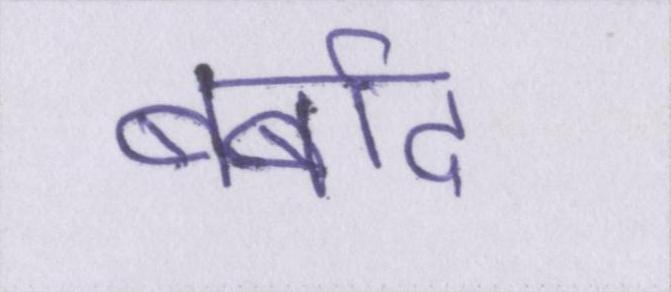
बर्बाद